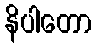
နိပါတော